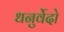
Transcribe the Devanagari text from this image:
धनुर्वेदो